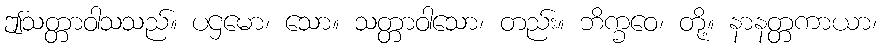
ဤသတ္တာဝါသသည်။ ပဌမော၊ သော။ သတ္တာဝါသော၊ တည်း။ ဘိက္ခဝေ၊ တို့။ နာနတ္တကာယာ၊